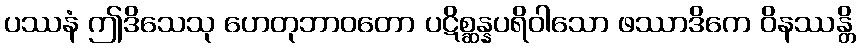
ပဿနံ ဤဒိသေသု ဟေတုဘာဝတော ပဋိစ္ဆန္နပရိဝါသော ဖဿာဒိကေ ဝိနဿန္တိ